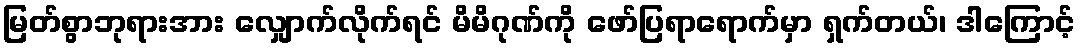
မြတ်စွာဘုရားအား လျှောက်လိုက်ရင် မိမိဂုဏ်ကို ဖော်ပြရာရောက်မှာ ရှက်တယ်၊ ဒါကြောင့်